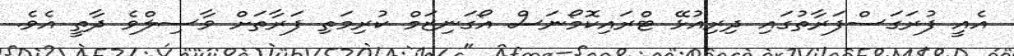
އެއީ ފުރަގަސްފަރާތުގައި ދިރިއުޅޭ ޓްރައިކޮމޯނަސް އޯގަނިޒަމް ކުރިމަތި ފަރާތަށް ވާސިލްވެ ދާތީ އެވެ.